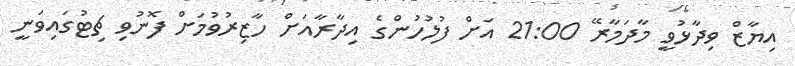
އިޔާޒް ވިދާޅުވީ މާދަމާރޭ 21:00 އަށް ފުލުހުންގެ އިދާރާއަށް ހާޒިރުވުމަށް ފޮނުވި ޗިޓުގައިވަނީ